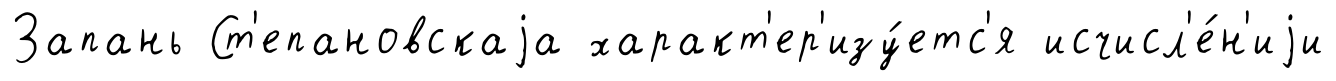
Запань Ст'епановскаjа характ'ер'изу́етс'я исчисл'е́н'иjи